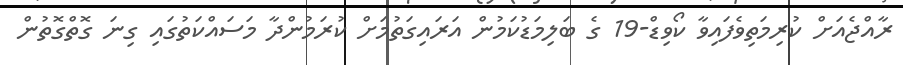
ރާއްޖެއަށް ކުރިމަތިވެފައިވާ ކޯވިޑް-19 ގެ ބަލިމަޑުކަމުން އަރައިގަތުމަށް ކުރަމުންދާ މަސައްކަތުގައި ގިނަ ގޮތްގޮތުން